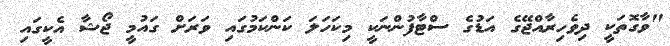
"ވާގޮތަކީ ދިވެހިރާއްޖޭގެ އަޑުގެ ސްޓާފުންނަކީ މިކަހަލަ ކަންކަމުގައި ވަރަށް ގައުމީ ޖޯޝާ އެކީގައި